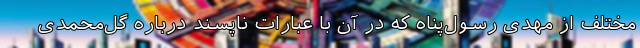
مختلف از مهدی رسول‌پناه که در آن با عبارات ناپسند درباره گل‌محمدی